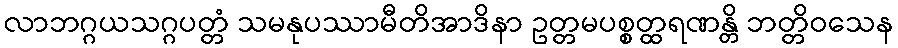
လာဘဂ္ဂယသဂ္ဂပတ္တံ သမနုပဿာမီတိအာဒိနာ ဥတ္တမပစ္စတ္ထရဏန္တိ ဘတ္တိဝသေန